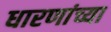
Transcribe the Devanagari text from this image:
धारणांच्या